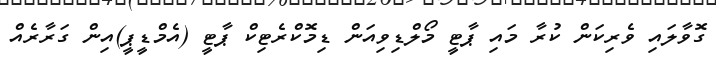
ގޮވާލައި ވެރިކަން ކުރާ މައި ޕާޓީ މޯލްޑިވިއަން ޑިމޮކްރެޓިކް ޕާޓީ (އެމްޑީޕީ)އިން ގަރާރެއް